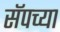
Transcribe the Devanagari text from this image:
सॅपच्या